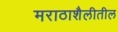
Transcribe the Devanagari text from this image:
मराठाशैलीतील